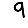
Digit: 9